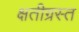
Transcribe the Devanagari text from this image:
क्षतीग्रस्त